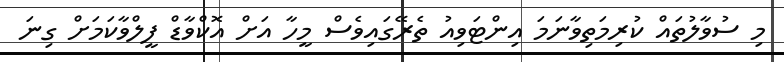
މި ސުވާލުތައް ކުރިމަތިވާނަމަ އިންޓަވިއު ތެރޭގައިވެސް މީހާ އަށް އޮކްވާޑް ފީލްވާކަމަށް ގިނަ